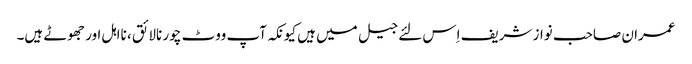
عمران صاحب نواز شریف اِس لئے جیل میں ہیں کیونکہ آپ ووٹ چور نالائق ، نااہل اور جھوٹے ہیں۔